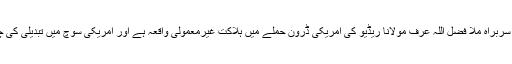
ٹی ٹی پی کے سربراہ ملا فضل اللہ عرف مولانا ریڈیو کی امریکی ڈرون حملے میں ہلاکت غیرمعمولی واقعہ ہے اور امریکی سوچ میں تبدیلی کی چغلی کھاتا ہے۔